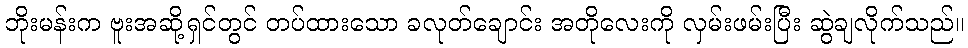
ဘိုးမန်းက ဗူးအဆို့ရှင်တွင် တပ်ထားသော ခလုတ်ချောင်း အတိုလေးကို လှမ်းဖမ်းပြီး ဆွဲချလိုက်သည်။